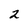
Character: 2